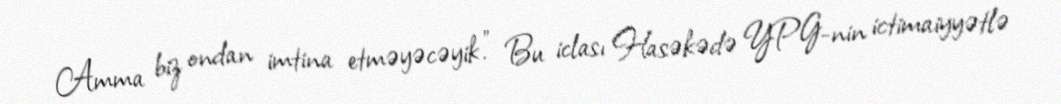
Amma biz ondan imtina etməyəcəyik.” Bu iclası Hasəkədə YPG-nin ictimaiyyətlə